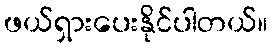
ဖယ်ရှားပေးနိုင်ပါတယ်။